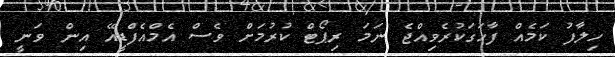
ހިލާފު ކަމެއް ފާހަގަކުރެވިއްޖެ ނަމަ ރިޕޯޓް ކުރުމަށް ވެސް އެމްއެފްޑީއޭ އިން ވަނީ